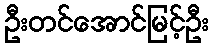
ဦးတင်အောင်မြင့်ဦး